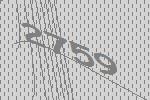
2759